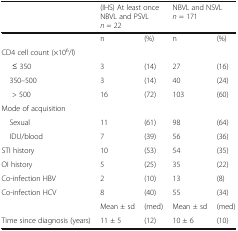
|  | <COLSPAN=2> (IHS) At least onceNBVL and PSVLn = 22 | <COLSPAN=2> NBVL and NSVLn = 171 |
 | --- | --- | --- | --- | --- |
 |  | n | (%) | n | (%) |
 | <COLSPAN=5> CD4 cell count (×106/l) |
 | ≤ 350 | 3 | (14) | 27 | (16) |
 | 350–500 | 3 | (14) | 40 | (24) |
 | > 500 | 16 | (72) | 103 | (60) |
 | <COLSPAN=5> Mode of acquisition |
 | Sexual | 11 | (61) | 98 | (64) |
 | IDU/blood | 7 | (39) | 56 | (36) |
 | STI history | 10 | (53) | 54 | (35) |
 | OI history | 5 | (25) | 35 | (22) |
 | Co-infection HBV | 2 | (10) | 13 | (8) |
 | Co-infection HCV | 8 | (40) | 55 | (34) |
 |  | Mean ± sd | (med) | Mean ± sd | (med) |
 | Time since diagnosis (years) | 11 ± 5 | (12) | 10 ± 6 | (10) |